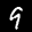
Label: 9